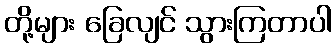
တို့များ ခြေလျင် သွားကြတာပါ